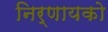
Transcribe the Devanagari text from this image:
निर्णायको